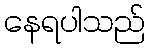
နေရပါသည်